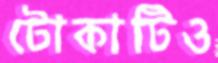
টোকাটিও